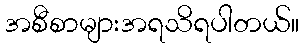
အစီစာများအရသိရပါတယ်။